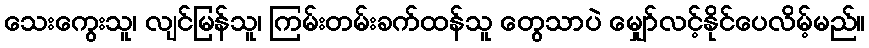
သေးကွေးသူ၊ လျင်မြန်သူ၊ ကြမ်းတမ်းခက်ထန်သူ တွေသာပဲ မျှော်လင့်နိုင်ပေလိမ့်မည်။